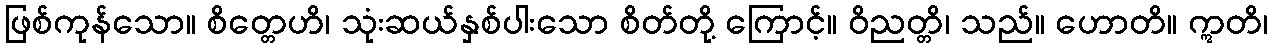
ဖြစ်ကုန်သော။ စိတ္တေဟိ၊ သုံးဆယ်နှစ်ပါးသော စိတ်တို့ ကြောင့်။ ဝိညတ္တိ၊ သည်။ ဟောတိ။ ဣတိ၊